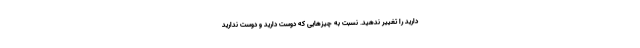
دارید را تغییر ندهید. نسبت به چیزهایی که دوست دارید و دوست ندارید